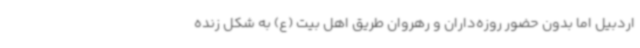
اردبیل اما بدون حضور روزه‌داران و رهروان طریق اهل بیت (ع) به شکل زنده